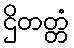
ဌိတတ္တံ